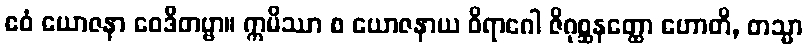
ဧဝံ ယောဇနာ ဝေဒိတဗ္ဗာ။ ဣမိဿာ စ ယောဇနာယ ဝိရာဂေါ ဇိဂုစ္ဆနတ္ထော ဟောတိ, တသ္မာ